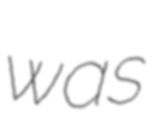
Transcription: was